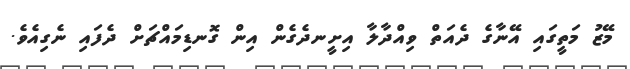
މޭޒު މަތީގައި އޭނާގެ ދެއަތް ވިއްދާލާ އިށީނދެގެން އިން ގޮނޑިމައްޗަށް ދެފައި ނެގިއެވެ.